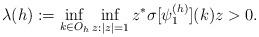
LaTeX: \begin{align*}\lambda (h) :=\inf_{k \in O_h } \inf_{z : |z|=1} z^* \sigma [\psi_1^{(h)} ](k) z >0.\end{align*}